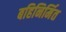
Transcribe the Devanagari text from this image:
बहिनिर्मित